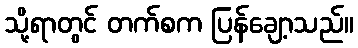
သို့ရာတွင် တက်စက ပြန်ချော့သည်။